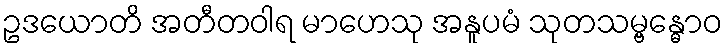
ဥဒယောတိ အတီတဝါရ မာဟေသု အနူပမံ သုတသမ္ဗန္ဓောဝ